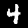
Digit: 4